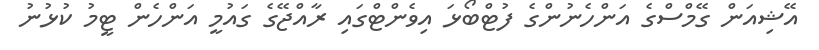
އޭޝިއަން ގޭމްސްގެ އަންހެނުންގެ ފުޓްބޯޅަ އިވެންޓްގައި ރާއްޖޭގެ ގައުމީ އަންހެން ޓީމު ކުޅުނު